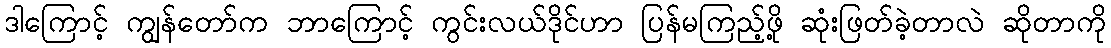
ဒါကြောင့် ကျွန်တော်က ဘာကြောင့် ကွင်းလယ်ဒိုင်ဟာ ပြန်မကြည့်ဖို့ ဆုံးဖြတ်ခဲ့တာလဲ ဆိုတာကို